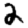
Digit: 2